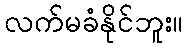
လက်မခံနိုင်ဘူး။